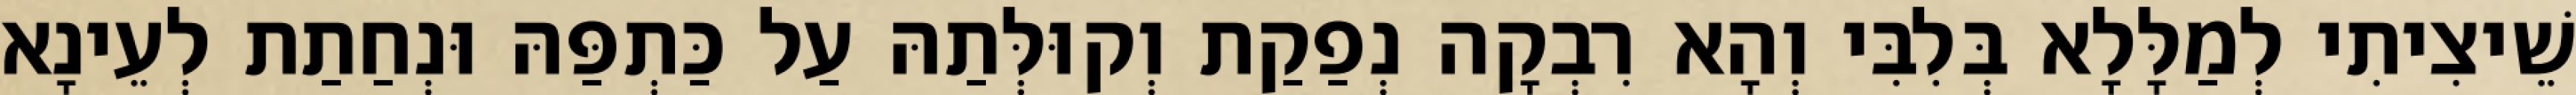
שֵׁיצִיתִי לְמַלָּלָא בְּלִבִּי וְהָא רִבְקָה נְפַקַת וְקוּלְּתַהּ עַל כַּתְפַּהּ וּנְחַתַת לְעֵינָא